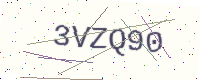
Text: 3VZQ90